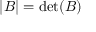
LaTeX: \left| B \right| = \operatorname* { d e t } ( B )